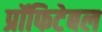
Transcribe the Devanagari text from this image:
प्रॉफिटेबल